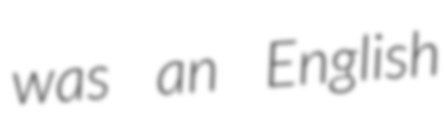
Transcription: was an English